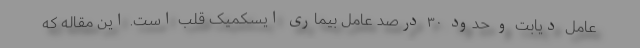
عامل دیابت و حدود ۳۰ درصد عامل بیماری ایسکمیک قلب است. این مقاله که